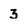
Character: 3